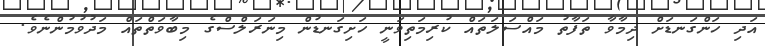
އަދި ހަންގަނޑަށް ދިމާވާ ތަފާތު މައްސަލަތައް ކުރިމަތިވަނީ ހަށިގަނޑުން މިނަރަލްސްގެ މިބާވަތްތައް މަދުވުމުންނެވެ.